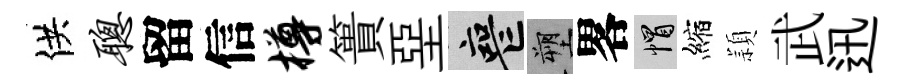
供聪留信樽簣堊喪塑畧帽縮頴武迅